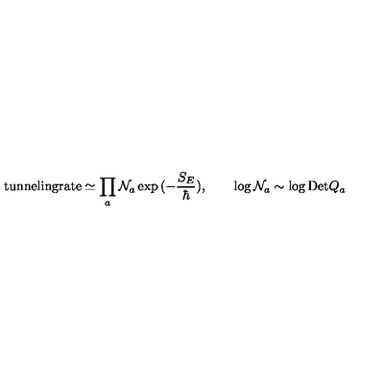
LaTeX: \mathrm { t u n n e l i n g r a t e } \simeq \prod _ { a } { \cal N } _ { a } \exp { ( - \frac { S _ { E } } { \hbar } ) } , \qquad \log { \cal N } _ { a } \sim \log \mathrm { D e t } Q _ { a }